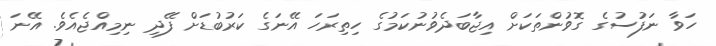
ހަވާ ނަފުސުގެ ގޮވުންތަކަށް އިޖާބަދެވުނުކަމުގެ ހިތިރަހަ އޭނަގެ ކަރުބުޑަށް ފޭދި ނިމިއްޖެއެވެ. އޭނަ